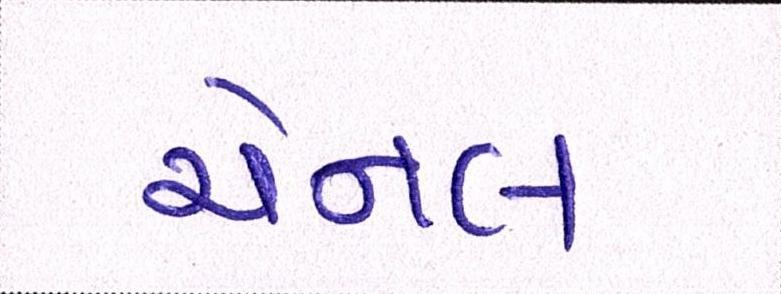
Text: ચેનલ